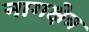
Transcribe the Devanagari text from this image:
नागक्षेत्र